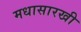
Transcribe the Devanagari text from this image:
मधासारखी